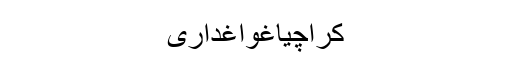
کراچیاغواغداری